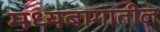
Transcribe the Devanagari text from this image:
मध्यबागातील